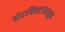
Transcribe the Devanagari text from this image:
चोराचिलटांपासून